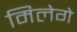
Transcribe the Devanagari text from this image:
मिलेगे